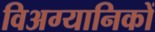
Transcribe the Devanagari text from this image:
विअग्यानिकों